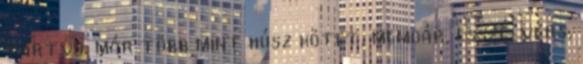
tartva, már több mint húsz kötet, memoár, esszé, vers,